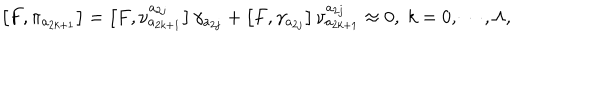
\left[ F , \pi _ { a _ { 2 k + 1 } } \right] = \left[ F , \nu _ { a _ { 2 k + 1 } } ^ { a _ { 2 j } } \right] \gamma _ { a _ { 2 j } } + \left[ F , \gamma _ { a _ { 2 j } } \right] \nu _ { a _ { 2 k + 1 } } ^ { a _ { 2 j } } \approx 0 , \; k = 0 , \cdots , \Lambda ,